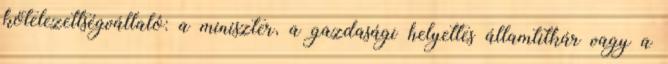
kötelezettségvállaló: a miniszter, a gazdasági helyettes államtitkár vagy a